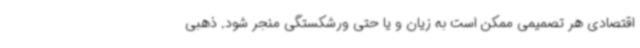
اقتصادی هر تصمیمی ممکن است به زیان و یا حتی ورشکستگی منجر شود. ذهبی